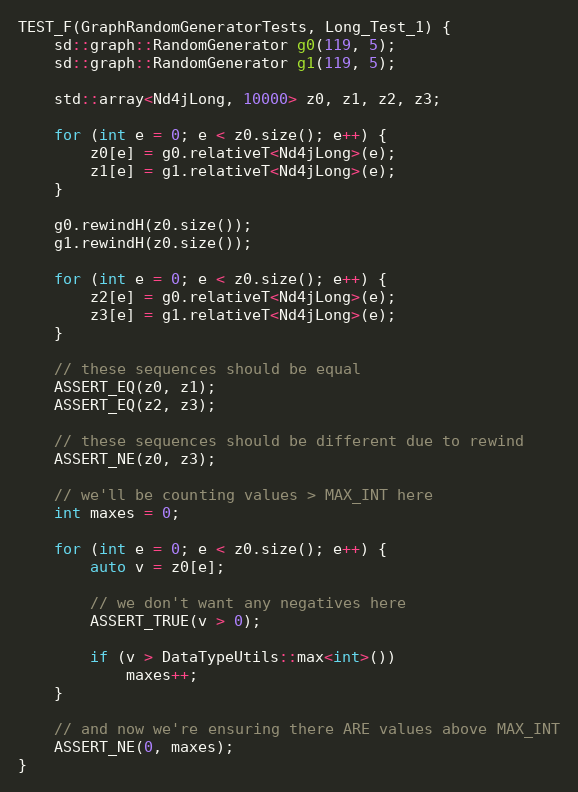
Language: C++
TEST_F(GraphRandomGeneratorTests, Long_Test_1) {
    sd::graph::RandomGenerator g0(119, 5);
    sd::graph::RandomGenerator g1(119, 5);

    std::array<Nd4jLong, 10000> z0, z1, z2, z3;

    for (int e = 0; e < z0.size(); e++) {
        z0[e] = g0.relativeT<Nd4jLong>(e);
        z1[e] = g1.relativeT<Nd4jLong>(e);
    }

    g0.rewindH(z0.size());
    g1.rewindH(z0.size());

    for (int e = 0; e < z0.size(); e++) {
        z2[e] = g0.relativeT<Nd4jLong>(e);
        z3[e] = g1.relativeT<Nd4jLong>(e);
    }

    // these sequences should be equal
    ASSERT_EQ(z0, z1);
    ASSERT_EQ(z2, z3);

    // these sequences should be different due to rewind
    ASSERT_NE(z0, z3);

    // we'll be counting values > MAX_INT here
    int maxes = 0;

    for (int e = 0; e < z0.size(); e++) {
        auto v = z0[e];

        // we don't want any negatives here
        ASSERT_TRUE(v > 0);

        if (v > DataTypeUtils::max<int>())
            maxes++;
    }

    // and now we're ensuring there ARE values above MAX_INT
    ASSERT_NE(0, maxes);
}